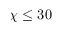
\chi \leq 3 0